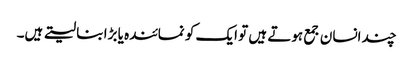
چند انسان جمع ہوتے ہیں تو ایک کو نمائندہ یا بڑا بنا لیتے ہیں۔